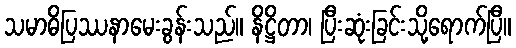
သမာဓိပြဿနာမေးခွန်းသည်။ နိဋ္ဌိတာ၊ ပြီးဆုံးခြင်းသို့ရောက်ပြီ။